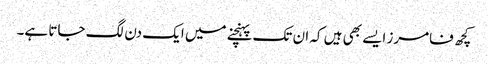
کچھ فامرز ایسے بھی ہیں کہ ان تک پہنچنے میں ایک دن لگ جاتا ہے۔